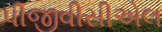
પીજીવીસીએલ